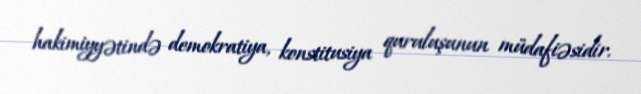
hakimiyyətində demokratiya, konstitusiya quruluşunun müdafiəsidir.